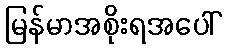
မြန်မာအစိုးရအပေါ်